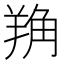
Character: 𦎈